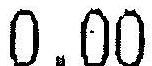
0.00